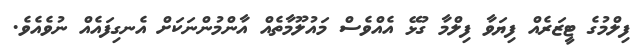
ފިލްމުގެ ޓީޒަރެއް ފިޔަވާ ފިލްމާ ގުޅޭ އެއްވެސް މައުލޫމާތެއް އާންމުންނަކަށް އެނގިފައެއް ނުވެއެވެ.